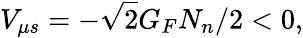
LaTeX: V_{\mu s}=-\sqrt{2}G_{F}N_{n}/2<0,